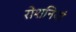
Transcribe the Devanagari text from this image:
रोशनियां